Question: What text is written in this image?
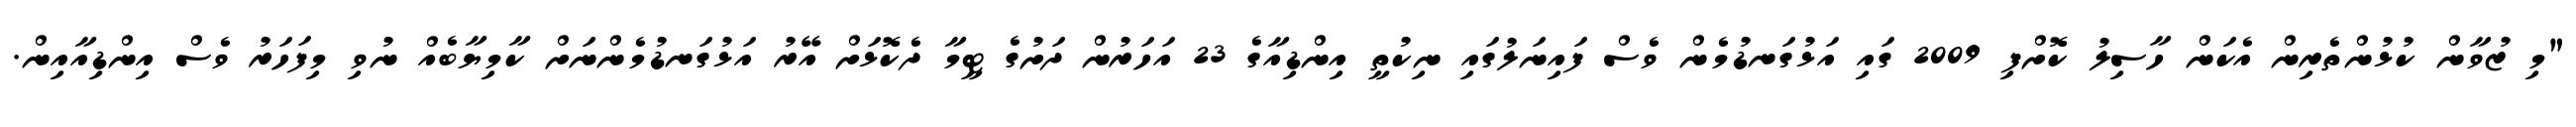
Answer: "މި ޒުވާން ކުޅުންތެރިން އެކަން ހާސިލު ކޮށްފި 2009 ގައި އަޅުގަނޑުމެން ވެސް ފައިނަލުގައި ނިކުތީ އިންޑިއާގެ 23 އަހަރުން ދަށުގެ ޓީމާ ދެކޮޅަށް އޭރު އަޅުގަނޑުމެންނަށް ކާމިޔާބެއް ނުވި މިފަހަރު ވެސް އިންޑިއާއިން.